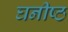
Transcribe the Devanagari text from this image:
घनीष्ठ